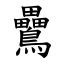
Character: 䴎